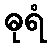
ဓုရံ